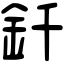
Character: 釺